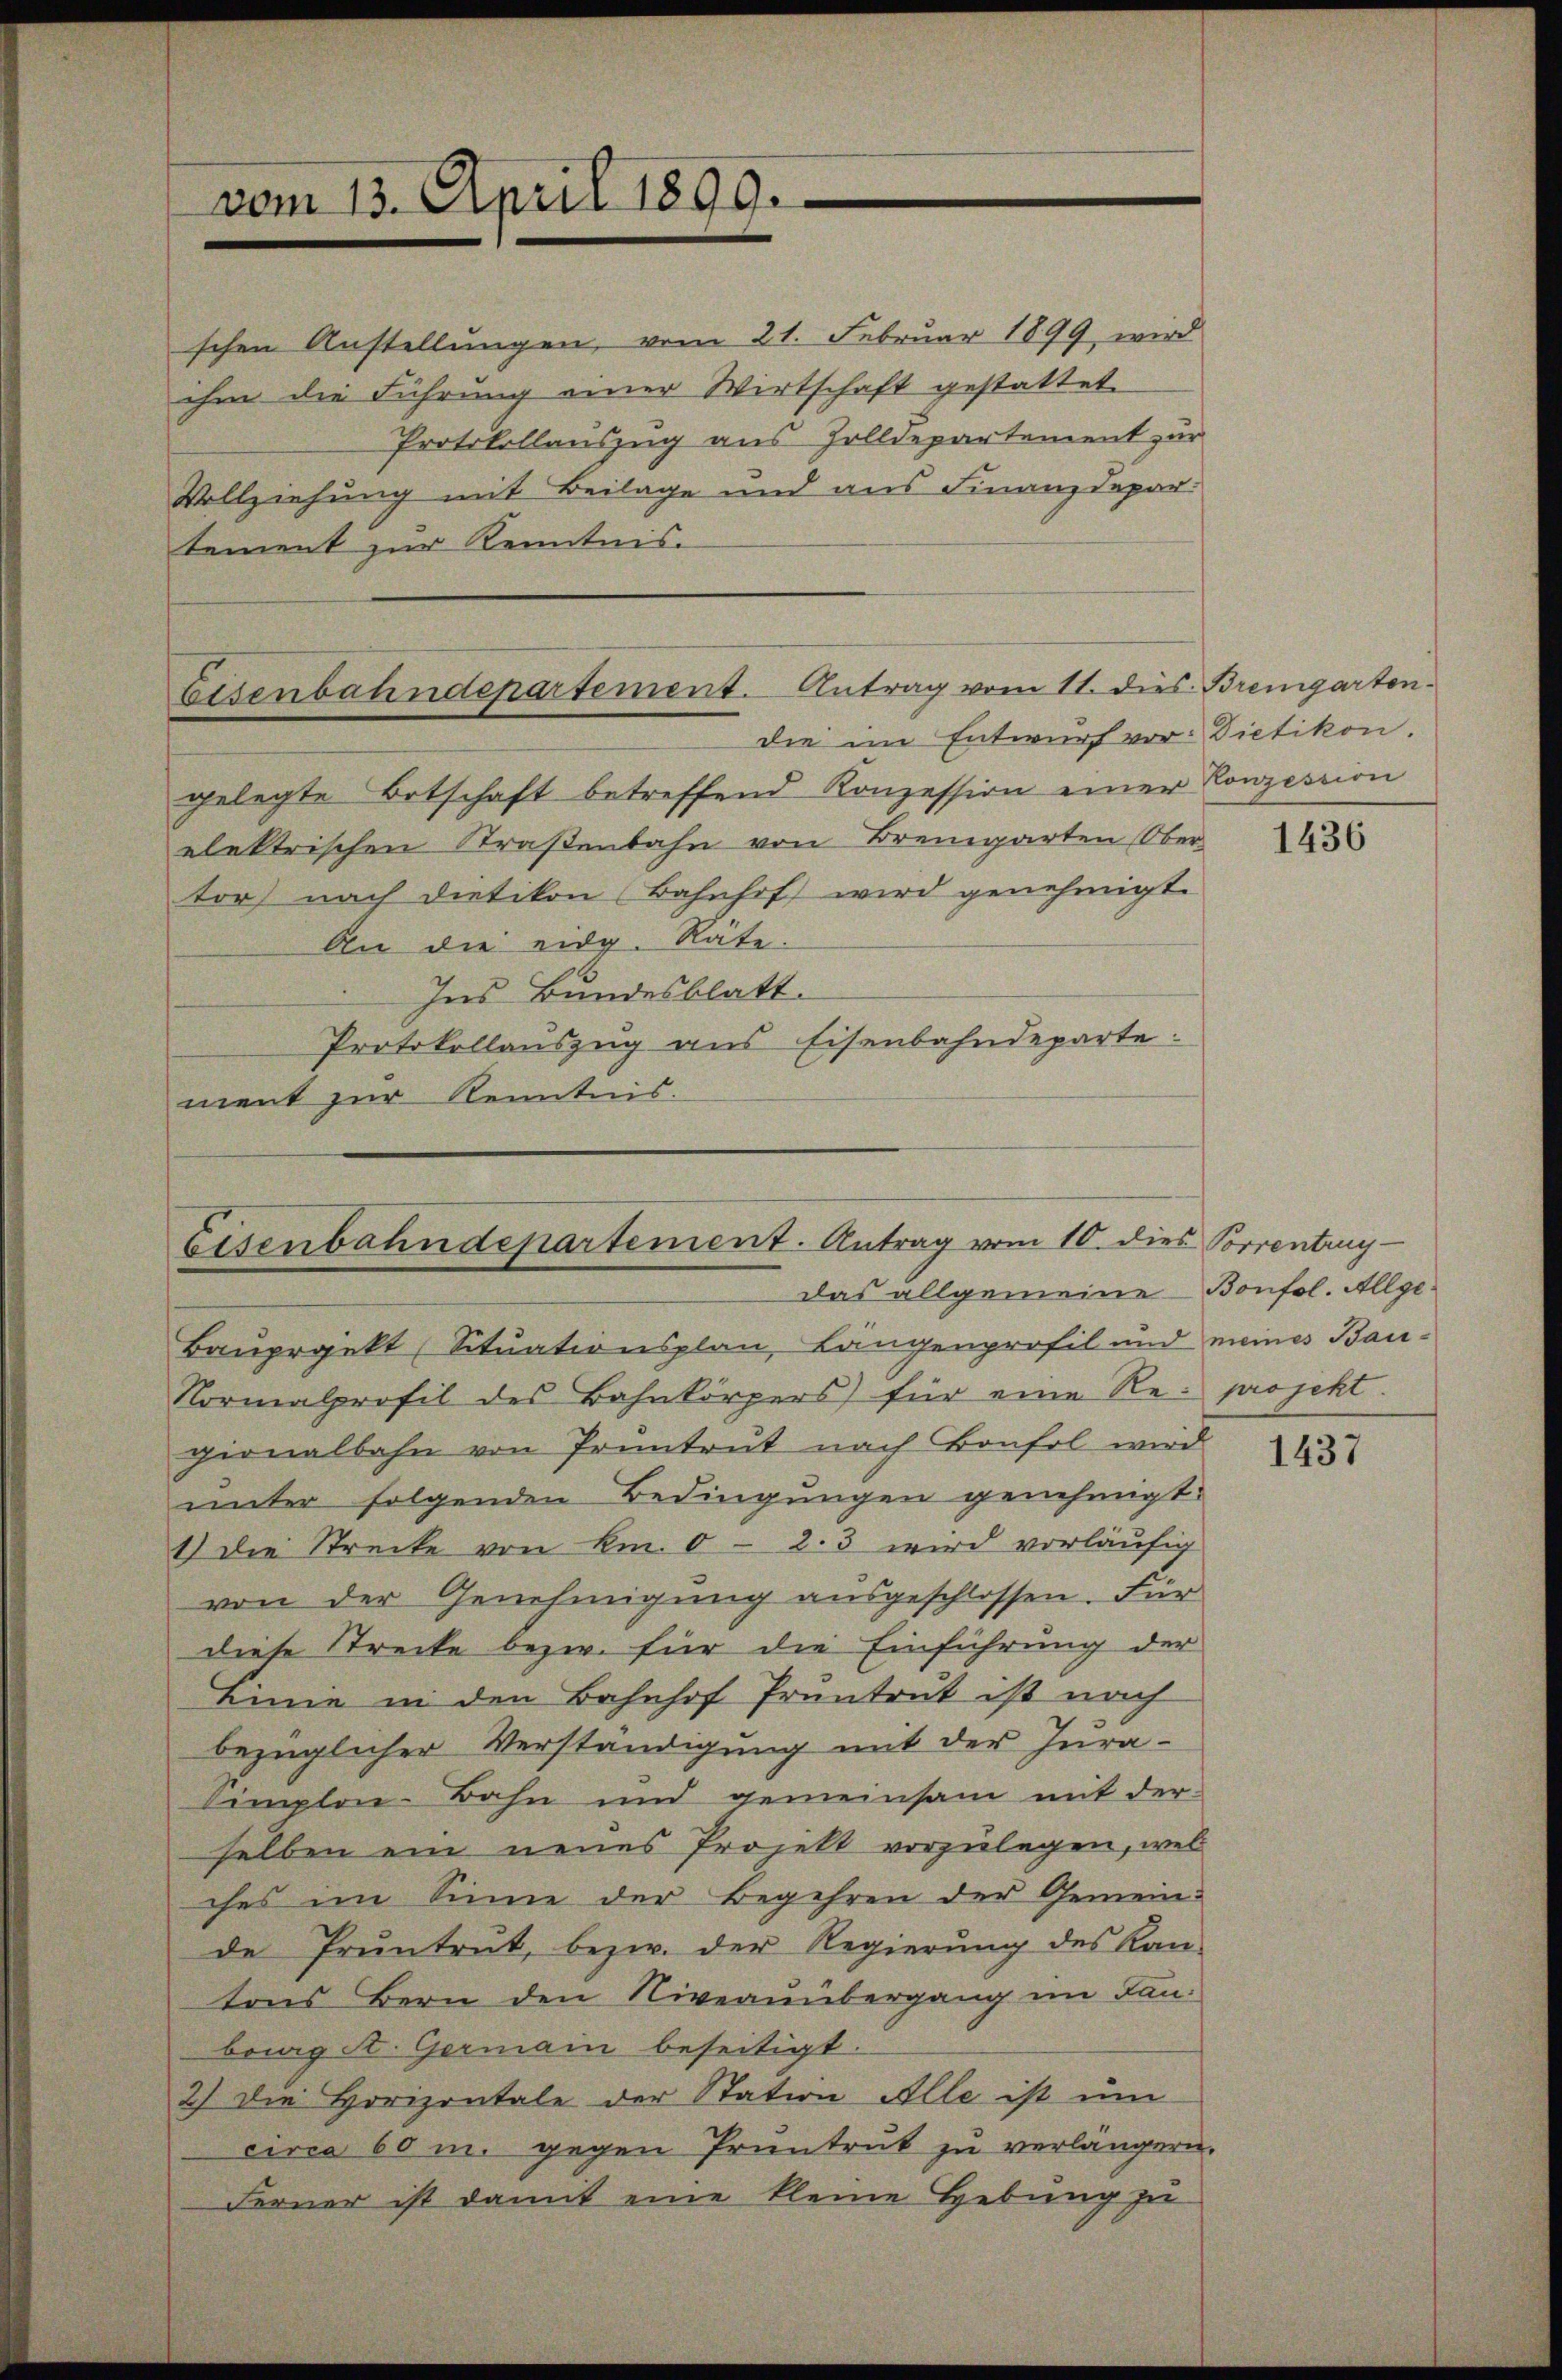
vom 13. April 1899.

schen Anstellungen, vom 21. Februar 1899, wird
ihm die Führung einer Wirtschaft gestattet
Protokollauszug aus Zolldepartement zur
Vollziehung mit Beilage und aus Finanzdepar
tement zur Kenntnis.

Eisenbahndepartement. Antrag vom 11. dies Bremgarten-
die im Entwurf vor: Dietikon.

gelegte Ortschaft betreffend Konzession einer Konzession
elektrischen Straßenbahn von Bremgarten Obertor) nach Dietikon Bahnhof wird genehmigt.
An die eidg. Räte.
Ins Bundesblatt.
Protokollauszug aus Eisenbahndeparte:
ment zur Kenntnis.

Eisenbahndepartement. Antrag vom 10. dies Vorrentrug

Das allgemeine Bonfol. Allge¬

Bauprojekt (Situationsplan, Langenprofil und meines Bau-
Normalprofil des Bahnkörpers für eine Regionalbahn von Prüntrut nach Bonfol wird
unter folgenden Bedingungen genehmigt.
1) die Strecke von Km. 6 - 2. 3 wird vorläufig
von der Genehmigung ausgeschlossen. Für
diese Strecke bezw. für die Einführung der
Eine in den Bahnhof Pruntrut ist nach
bezüglicher Verständigung mit der Jura¬
Simplon-Bahn und gemeinsam mit der
selben ein neues Projekt vorzulegen, wel
ches im Sinne der Begehren der Gemeinde Pruntrut, bezw. der Regierŭng des Kan-
tons Bern den Niveauübergang im Lanbring A. Germain beseitigt.
2) Die Horizontale der Station Alle ist um
circa 60 m. gegen Pruntrut zu verlängern.
Ferner ist damit eine kleine Hebung zu

1436

projekt.

1437